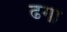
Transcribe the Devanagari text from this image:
ढगा